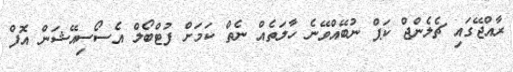
ރާއްޖޭގައި ޗެލެންޖް ކަޕް ނުބޭއްވޭނެ ހާލަތެއް ނެތް ކަމަށް ފުޓްބޯލް އެސޯސިއޭޝަން އޮފް